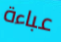
عباءة